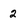
Character: 2